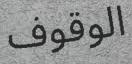
الوقوف